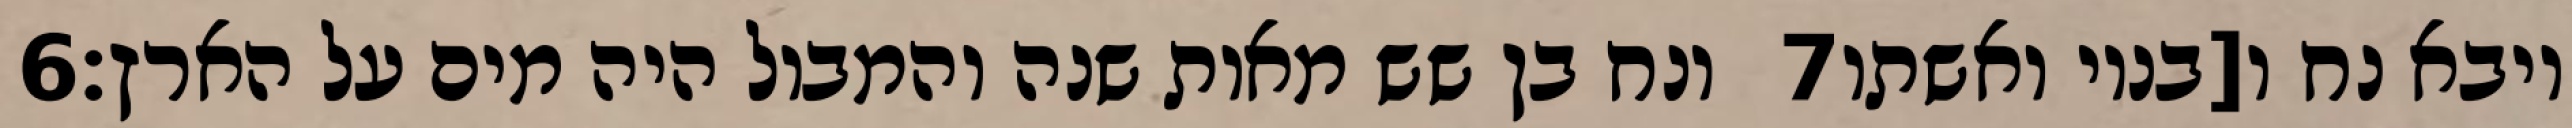
‎6‏ ונח בן שש מאות שנה והמבול היה מים על הארץ׃ ‎7‏ ויבא נח ו[בניו ואשתו